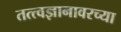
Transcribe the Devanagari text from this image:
तत्त्वज्ञानावरच्या